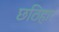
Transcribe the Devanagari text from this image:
छठिहार